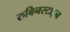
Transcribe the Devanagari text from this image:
रुबिनस्टाइन